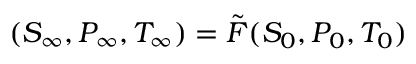
( S _ { \infty } , P _ { \infty } , T _ { \infty } ) = \tilde { F } ( S _ { 0 } , P _ { 0 } , T _ { 0 } )